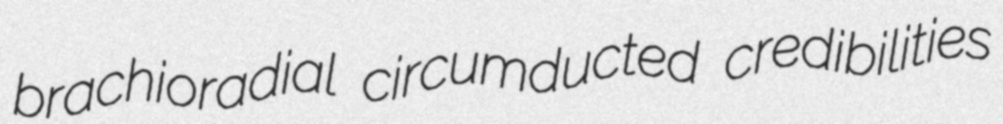
brachioradial circumducted credibilities